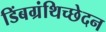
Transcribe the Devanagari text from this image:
डिंबग्रंथिच्छेदन